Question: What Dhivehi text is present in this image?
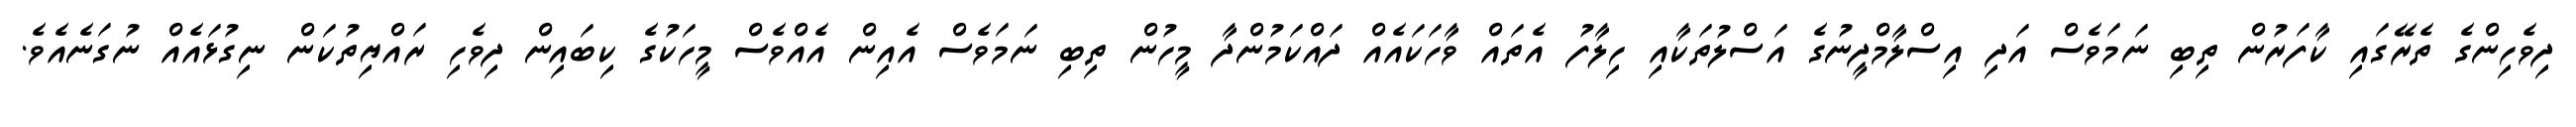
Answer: ދިވެހިންގެ ތެރޭގައި ކާފަރުން ތިބި ނަމަވެސް އަދި އިސްލާމްދީނުގެ އަސްލުތަކާއި ހިލާފު އެތައް ވާހަކައެއް ދައްކަމުންދާ މީހުން ތިބި ނަމަވެސް އެއިން އެއްވެސް މީހަކުގެ ކިބައިން ދިވެހި ރައްޔިތުކަން ނިގުޅައެއް ނުގަނެއެވެ.